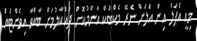
މިއީ އެޕަލް އިން އަލަށް ނެރޭ މެކްބުކް އާންމުކޮށް ދައްކާލުމަށް ބާއްވާ އިވެންޓެއް